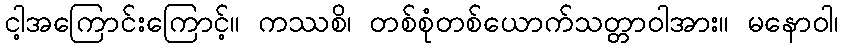
ငါ့အကြောင်းကြောင့်။ ကဿစိ၊ တစ်စုံတစ်ယောက်သတ္တာဝါအား။ မနောဝါ၊